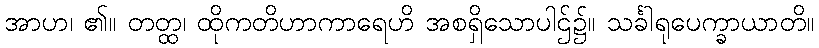
အာဟ၊ ၏။ တတ္ထ၊ ထိုကတိဟာကာရေဟိ အစရှိသောပါဌ်၌။ သင်္ခါရုပေက္ခာယာတိ။